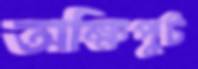
অক্ষিপুট